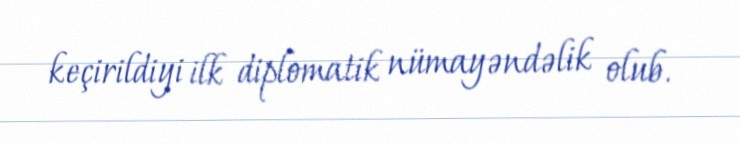
keçirildiyi ilk diplomatik nümayəndəlik olub.